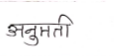
मजकूर: अनुमती